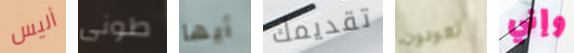
أليس طونى أيها تقديمك تعودون وإني